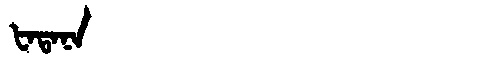
Manchu: ᡶᠠᡨᠠᠨᠠ
Romanization: FATANA